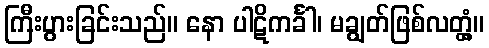
ကြီးပွားခြင်းသည်။ နော ပါဋိကင်္ခါ၊ မချွတ်ဖြစ်လတ္တံ့။